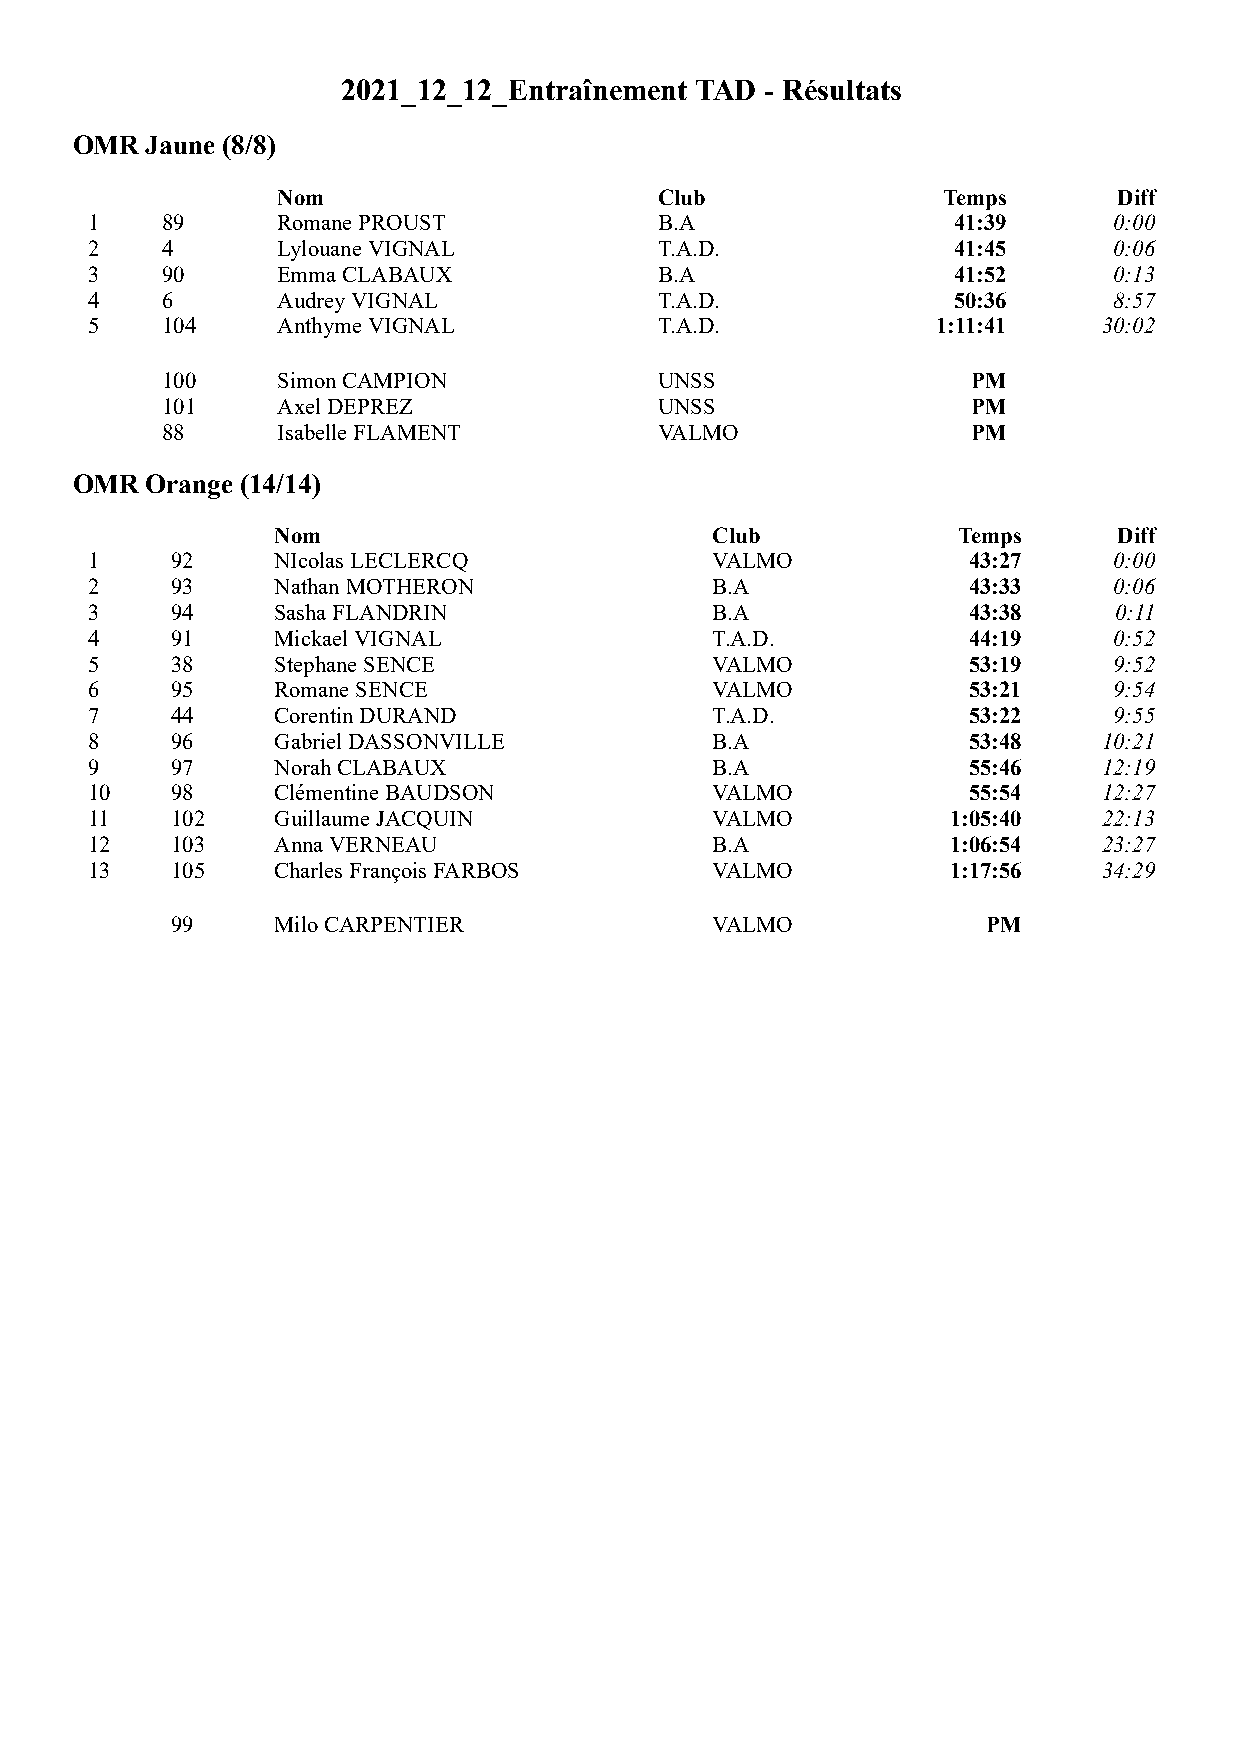
2021_12_12_Entraînement TAD - Résultats
 OMR  Jaune (8/8)
 Nom                       Club              Temps       Diff
 1    89     Romane PROUST             B.A                41:39      0:00
 2    4      Lylouane VIGNAL           T.A.D.             41:45      0:06
 3    90     Emma CLABAUX              B.A                41:52      0:13
 4    6      Audrey VIGNAL             T.A.D.             50:36      8:57
 5    104    Anthyme VIGNAL            T.A.D.            1:11:41    30:02
 100    Simon CAMPION             UNSS                PM
 101    Axel DEPREZ               UNSS                PM
 88     Isabelle FLAMENT          VALMO               PM
 OMR  Orange (14/14)
 Nom                          Club            Temps      Diff
 1    92     NIcolas LECLERCQ             VALMO            43:27     0:00
 2    93     Nathan MOTHERON              B.A              43:33     0:06
 3    94     Sasha FLANDRIN               B.A              43:38     0:11
 4    91     Mickael VIGNAL               T.A.D.           44:19     0:52
 5    38     Stephane SENCE               VALMO            53:19     9:52
 6    95     Romane SENCE                 VALMO            53:21     9:54
 7    44     Corentin DURAND              T.A.D.           53:22     9:55
 8    96     Gabriel DASSONVILLE          B.A              53:48    10:21
 9    97     Norah CLABAUX                B.A              55:46    12:19
 10   98     Clémentine BAUDSON           VALMO            55:54    12:27
 11   102    Guillaume JACQUIN            VALMO           1:05:40   22:13
 12   103    Anna VERNEAU                 B.A             1:06:54   23:27
 13   105    Charles François FARBOS      VALMO           1:17:56   34:29
 99     Milo CARPENTIER              VALMO             PM